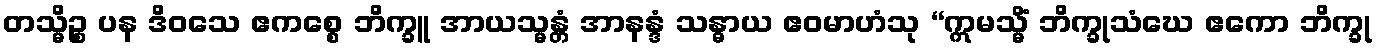
တသ္မိဉ္စ ပန ဒိဝသေ ဧကစ္စေ ဘိက္ခူ အာယသ္မန္တံ အာနန္ဒံ သန္ဓာယ ဧဝမာဟံသု “ဣမသ္မိံ ဘိက္ခုသံဃေ ဧကော ဘိက္ခု